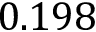
0 . 1 9 8